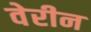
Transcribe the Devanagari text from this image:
वेरीन